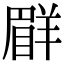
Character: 𦎨